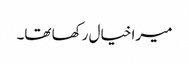
میرا خیال رکھا تھا۔